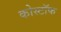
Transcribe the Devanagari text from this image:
कोस्टॉफ